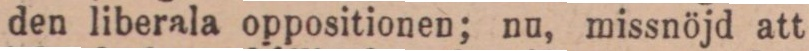
den liberala oppositionen; nu, missnöjd att